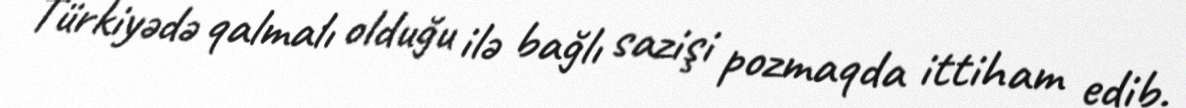
Türkiyədə qalmalı olduğu ilə bağlı sazişi pozmaqda ittiham edib.